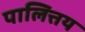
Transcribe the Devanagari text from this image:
पालित्तय